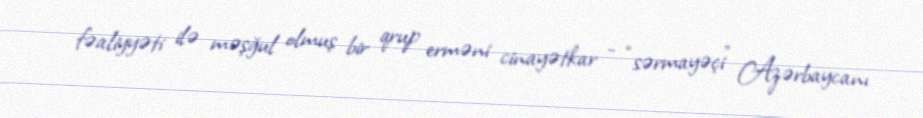
fəaliyyəti ilə məşğul olmuş bir qrup erməni cinayətkar - “sərmayəçi” Azərbaycanı